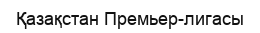
Қазақстан Премьер-лигасы